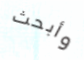
وأبحث